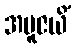
အပူဇယိံ